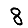
Digit: 8